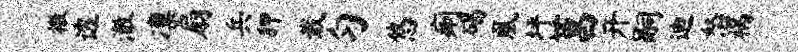
檄透澈凛扇兵狎栽匀悠痢碣凰坪莒开嗣迪怒祸